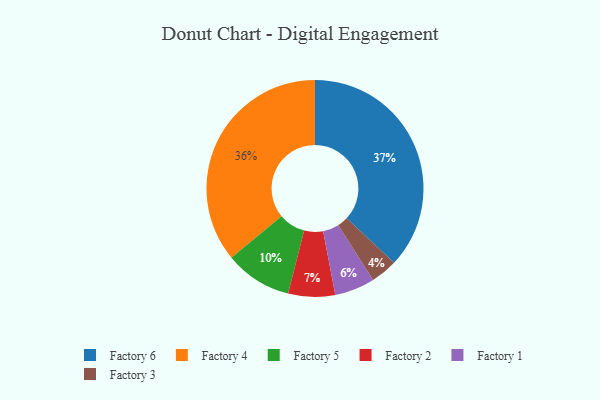
{"axis": {"x": "Category", "y": "Percentage"}, "legend": ["Factory 1", "Factory 2", "Factory 3", "Factory 4", "Factory 5", "Factory 6"], "data": [{"x": "Factory 1", "y": 6, "type": "Factory 1"}, {"x": "Factory 5", "y": 10, "type": "Factory 5"}, {"x": "Factory 4", "y": 36, "type": "Factory 4"}, {"x": "Factory 2", "y": 7, "type": "Factory 2"}, {"x": "Factory 6", "y": 37, "type": "Factory 6"}, {"x": "Factory 3", "y": 4, "type": "Factory 3"}]}